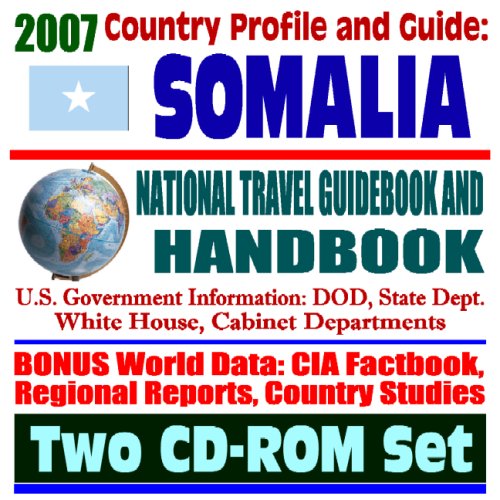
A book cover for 2007 Country Profile and Guide to Somalia - National Travel Guidebook and Handbook - U.S. Military and Mogadishu, Operation Restore Hope, Agriculture (Two CD-ROM Set); U.S. Government; Travel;